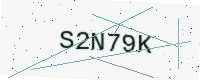
Text: S2N79K